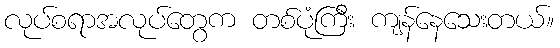
လုပ်စရာအလုပ်တွေက တစ်ပုံကြီး ကျန်နေသေးတယ်။